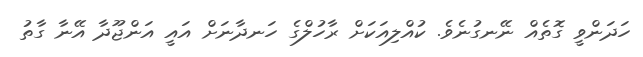
ހަދަންވީ ގޮތެއް ނޭނގުނެވެ. ކުއްލިއަކަށް ރާހުލްގެ ހަނދާނަށް އައީ އަންޖޫދާ އޭނާ ގާތު